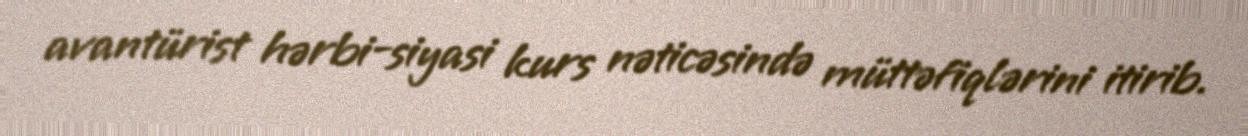
avantürist hərbi-siyasi kurs nəticəsində müttəfiqlərini itirib.